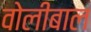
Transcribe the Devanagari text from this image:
वोलीबाल